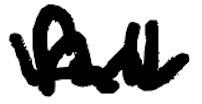
Text: full
Cross-out: wave
Writing tool: digital_black